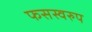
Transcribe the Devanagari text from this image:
फसस्वरुप